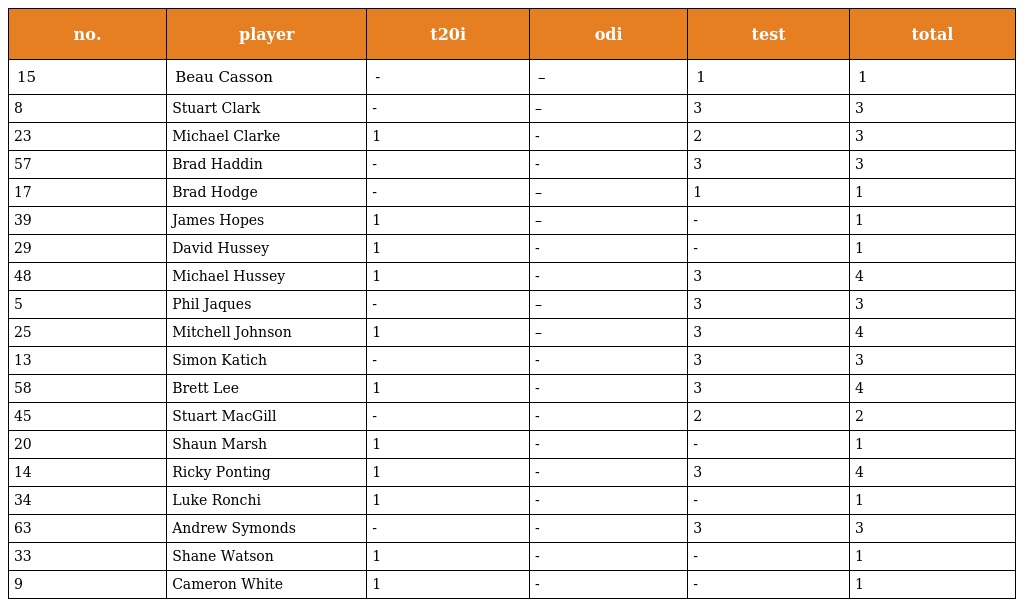
| no. | player | t20i | odi | test | total |
 | --- | --- | --- | --- | --- | --- |
 | 15 | Beau Casson | - | – | 1 | 1 |
 | 8 | Stuart Clark | - | – | 3 | 3 |
 | 23 | Michael Clarke | 1 | - | 2 | 3 |
 | 57 | Brad Haddin | - | - | 3 | 3 |
 | 17 | Brad Hodge | - | – | 1 | 1 |
 | 39 | James Hopes | 1 | – | - | 1 |
 | 29 | David Hussey | 1 | - | - | 1 |
 | 48 | Michael Hussey | 1 | - | 3 | 4 |
 | 5 | Phil Jaques | - | – | 3 | 3 |
 | 25 | Mitchell Johnson | 1 | – | 3 | 4 |
 | 13 | Simon Katich | - | - | 3 | 3 |
 | 58 | Brett Lee | 1 | - | 3 | 4 |
 | 45 | Stuart MacGill | - | - | 2 | 2 |
 | 20 | Shaun Marsh | 1 | - | - | 1 |
 | 14 | Ricky Ponting | 1 | - | 3 | 4 |
 | 34 | Luke Ronchi | 1 | - | - | 1 |
 | 63 | Andrew Symonds | - | - | 3 | 3 |
 | 33 | Shane Watson | 1 | - | - | 1 |
 | 9 | Cameron White | 1 | - | - | 1 |